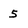
Character: 5